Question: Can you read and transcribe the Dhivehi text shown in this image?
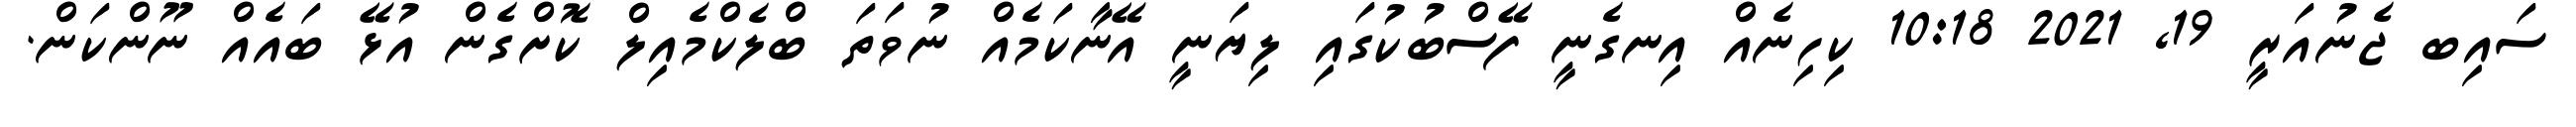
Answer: ސައިބ ޖެނުއަރީ 19, 2021 10:18 ކިހިނެއް އިނގެނީ ފޭސްބުކުގައި ލިޔަނީ އޭނާކަމެއް ނުވަތަ ބްލެކްމެއިލް ކޮށްގެން އުޅޭ ބައެއް ނޫންކަން.